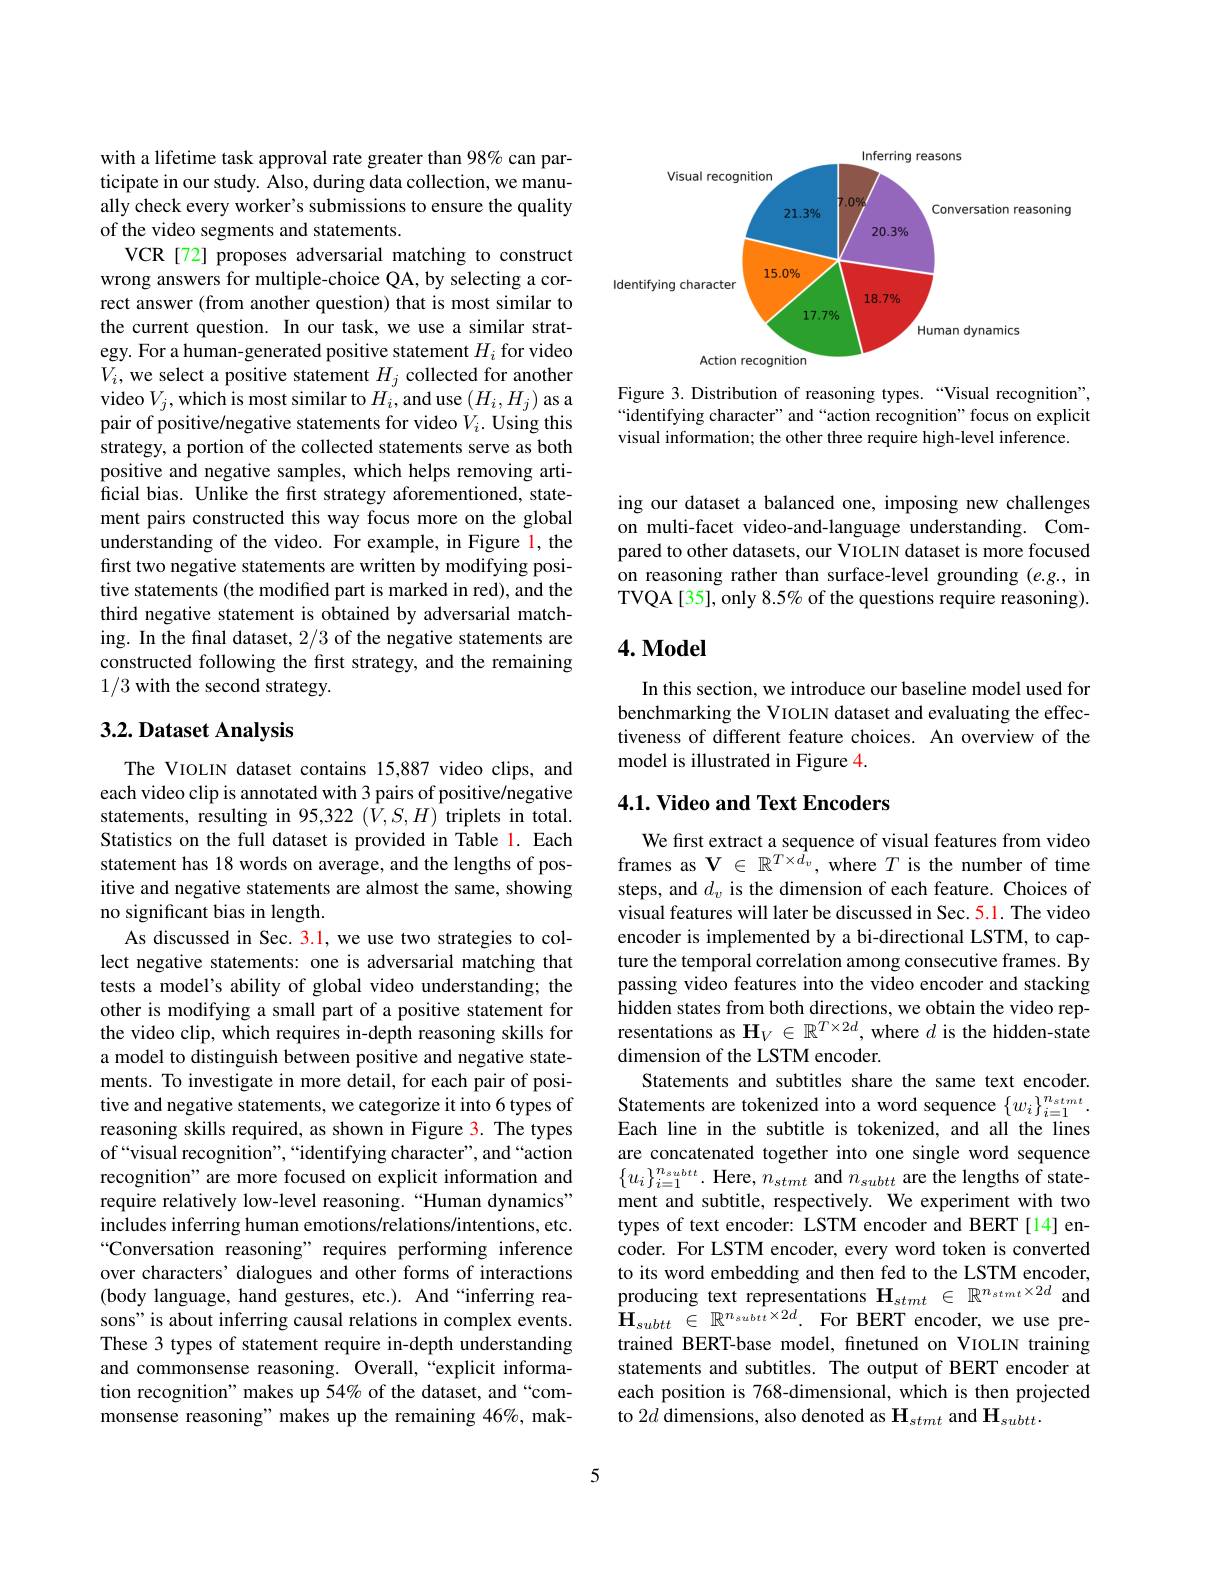
with a lifetime task approval rate greater than 98% can participate in our study. Also, during data collection, we manually check every worker's submissions to ensure the quality of the video segments and statements.
VCR[72] proposes adversarial matching to construct wrong answers for multiple-choice QA, by selecting a correct answer (from another question) that is most similar to the current question. In our task, we use a similar strategy. For a human-generated positive statement $H_i$ for video $V_i$, we select a positive statement $H_j$ collected for another video $V_j$,which is most similar to $H_i$,and use $(H_i,H_j)$ as a pair of positive/negative statements for video $V_i.$ Using this strategy, a portion of the collected statements serve as both positive and negative samples, which helps removing artificial bias. Unlike the first strategy aforementioned, statement pairs constructed this way focus more on the global understanding of the video. For example, in Figure l, the first two negative statements are written by modifying positive statements (the modified part is marked in red), and the third negative statement is obtained by adversarial matching. In the final dataset, 2/3 of the negative statements are constructed following the first strategy, and the remaining 1/3 with the second strategy.

## 3.2. Dataset Analysis

The VIOLIN dataset contains 15,887 video clips, and each video clip is annotated with 3 pairs of positive/negative statements, resulting in 95,322 (V,S,H) triplets in total. Statistics on the full dataset is provided in Table 1. Each statement has 18 words on average, and the lengths of positive and negative statements are almost the same, showing no significant bias in length.
As discussed in Sec. 3.1, we use two strategies to collect negative statements: one is adversarial matching that tests a model's ability of global video understanding; the other is modifying a small part of a positive statement for the video clip, which requires in-depth reasoning skills for a model to distinguish between positive and negative statements. To investigate in more detail, for each pair of positive and negative statements, we categorize it into 6 types of reasoning skills required, as shown in Figure 3. The types of“visual recognition”,“identifying character", and“action recognition" are more focused on explicit information and require relatively low-level reasoning.“Human dynamics” includes inferring human emotions/relations/intentions, etc. Conversation reasoning" requires performing inference over characters' dialogues and other forms of interactions (body language, hand gestures, etc.). And “inferring reasons" is about inferring causal relations in complex events. These 3 types of statement require in-depth understanding and commonsense reasoning. Overall,“explicit information recognition" makes up 54% of the dataset, and“commonsense reasoning" makes up the remaining 46%, mak-

<FigureHere>

Figure 3. Distribution of reasoning types.“Visual recognition”, “identifying character" and“action recognition”focus on explicit visual information; the other three require high-level inference.

ing our dataset a balanced one, imposing new challenges on multi-facet video-and-language understanding. Compared to other datasets, our VIOLIN dataset is more focused on reasoning rather than surface-level grounding (e.g., in TVQA[35], only 8.5% of the questions require reasoning).

## $4.\mathbf{Model}$

In this section, we introduce our baseline model used for benchmarking the VIOLIN dataset and evaluating the effectiveness of different feature choices. An overview of the model is illustrated in Figure 4.

## $4. 1. \textbf{ Video and Text Encoders}$

We first extract a sequence of visual features from video frames as $\mathbf{V}\in\mathbb{R}^{T\times d_v}$, where $T$ is the number of time steps, and $d_v$ is the dimension of each feature. Choices of visual features will later be discussed in Sec. 5.1. The video encoder is implemented by a bi-directional LSTM, to capture the temporal correlation among consecutive frames. By passing video features into the video encoder and stacking hidden states from both directions, we obtain the video representations as $\mathbf{H}_V\in\mathbb{R}^{T\times2d}$, where $d$ is the hidden-state dimension of the LSTM encoder.
Statements and subtitles share the same text encoder. Statements are tokenized into a word sequence $\{w_{i}\}_{i=1}^{n_{stmt}}.$ Each line in the subtitle is tokenized, and all the lines are concatenated together into one single word sequence $\{u_{i}\}_{i=1}^{n_{subtt}}.$ Here, $n_stmt$ and $n_subtt$ are the lengths of statement and subtitle, respectively. We experiment with two types of text encoder: LSTM encoder and BERT[14]encoder. For LSTM encoder, every word token is converted to its word embedding and then fed to the LSTM encoder, producing text representations $\mathbf{H}_{stmt}\in\mathbb{R}^{n_{stmt}\times2d}$ and $\mathbf{H}_{subtt}\in\mathbb{R}^{n_{subtt}\times2d}.$For BERT encoder, we use pretrained BERT-base model, finetuned on VIOLIN training statements and subtitles. The output of BERT encoder at each position is 768-dimensional, which is then projected to $2\hat{d}$ dimensions, also denoted as $\mathbf{H}_stmt$ and $\mathbf{H}_subtt.$

5